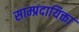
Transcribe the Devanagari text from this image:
साम्प्रदायिक्ता